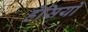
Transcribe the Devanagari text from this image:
हेसियो